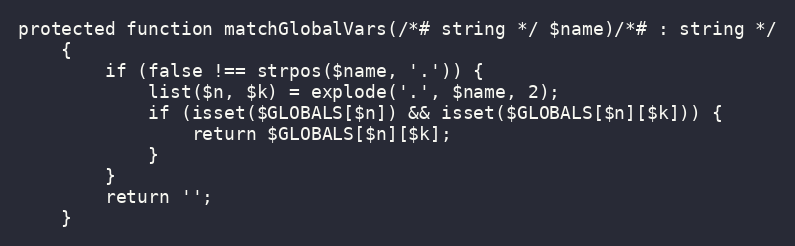
Language: PHP
protected function matchGlobalVars(/*# string */ $name)/*# : string */
    {
        if (false !== strpos($name, '.')) {
            list($n, $k) = explode('.', $name, 2);
            if (isset($GLOBALS[$n]) && isset($GLOBALS[$n][$k])) {
                return $GLOBALS[$n][$k];
            }
        }
        return '';
    }